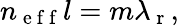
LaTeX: n_{\mathrm{~e~f~f~}}l=m\lambda_{\mathrm{~r~}},